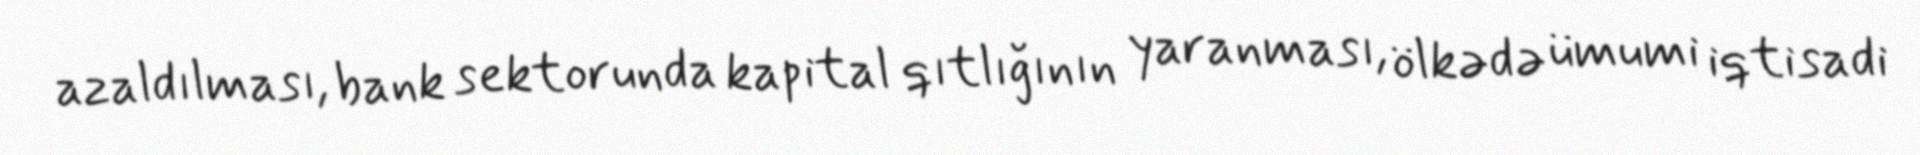
azaldılması, bank sektorunda kapital qıtlığının yaranması, ölkədə ümumi iqtisadi